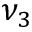
\nu _ { 3 }